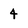
Character: 4